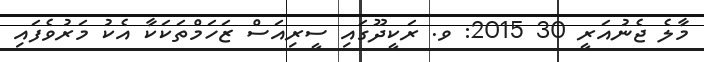
މާލެ ޖެނުއަރީ 30 2015: ވ. ރަކީދޫގައި ސީރިއަސް ޒަހަމްތަކަކާ އެކު މަރުވެފައި